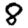
Digit: 8